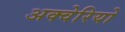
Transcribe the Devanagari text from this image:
अक्वेरियो